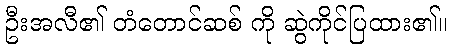
ဦးအလီ၏ တံတောင်ဆစ် ကို ဆွဲကိုင်ပြထား၏။